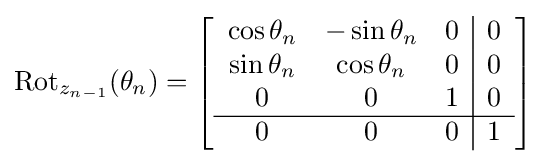
\operatorname {Rot} _{z_{n-1}}(\theta _{n})=\left[{\begin{array}{ccc|c}\cos \theta _{n}&-\sin \theta _{n}&0&0\\\sin \theta _{n}&\cos \theta _{n}&0&0\\0&0&1&0\\\hline 0&0&0&1\end{array}}\right]